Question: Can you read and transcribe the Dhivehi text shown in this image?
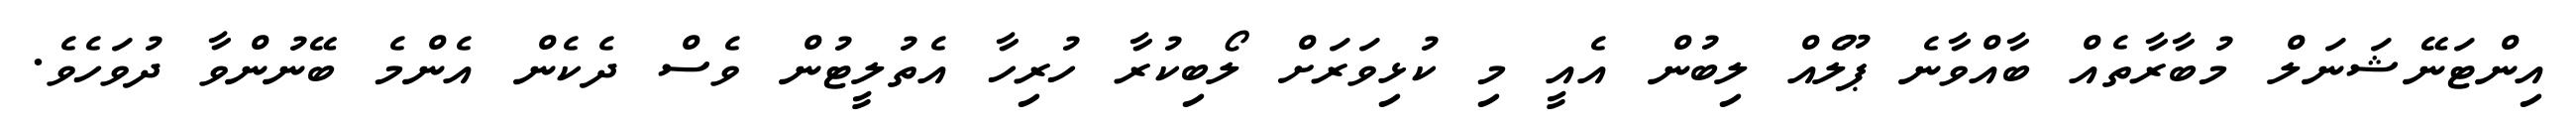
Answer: އިންޓަނޭޝަނަލް މުބާރާތެއް ބާއްވާނެ ޕޫލެއް ލިބުން އެއީ މި ކުޅިވަރަށް ލޯބިކުރާ ހުރިހާ އެތުލީޓުން ވެސް ދެކެން އެންމެ ބޭނުންވާ ދުވަހެވެ.